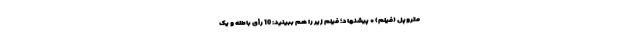
متروپل (فیلم) * پیشنهاد؛ فیلم‌ زیر را هم ببینید: 10 رأی باطله و یک